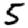
Digit: 5